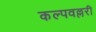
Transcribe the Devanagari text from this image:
कल्पवल्लरी